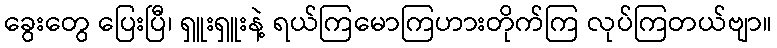
ခွေးတွေ ပြေးပြီ၊ ရှူးရှူးနဲ့ ရယ်ကြမောကြဟားတိုက်ကြ လုပ်ကြတယ်ဗျာ။